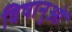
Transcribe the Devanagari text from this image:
विषानुओं